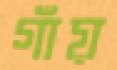
গাঁয়